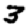
Digit: 3